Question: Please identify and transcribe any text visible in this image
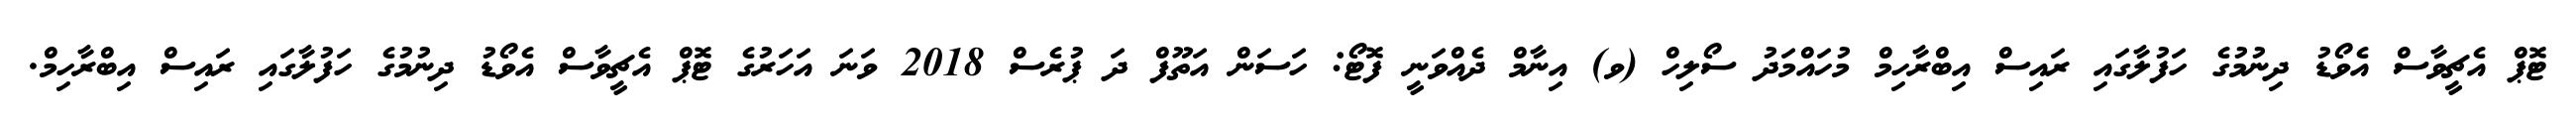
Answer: ޓޮޕް އެޗީވާސް އެވޯޑު ދިނުމުގެ ހަފުލާގައި ރައިސް އިބްރާހިމް މުހައްމަދު ސޯލިހް (ވ) އިނާމް ދެއްވަނީ ފޮޓޯ: ހަސަން އަތޫފް ދަ ޕުރެސް 2018 ވަނަ އަހަރުގެ ޓޮޕް އެޗީވާސް އެވޯޑު ދިނުމުގެ ހަފުލާގައި ރައިސް އިބްރާހިމް.